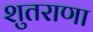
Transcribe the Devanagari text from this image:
शुतराणा